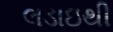
લડાઇથી